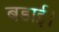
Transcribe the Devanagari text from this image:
बडाई।